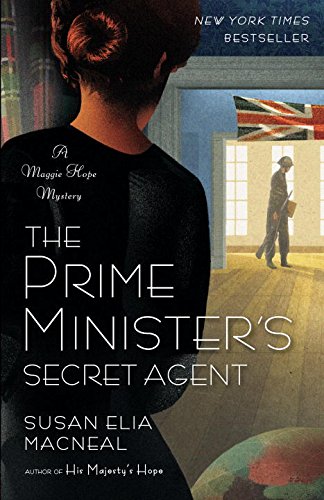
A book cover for The Prime Minister's Secret Agent (Maggie Hope); Susan Elia MacNeal; Mystery, Thriller & Suspense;